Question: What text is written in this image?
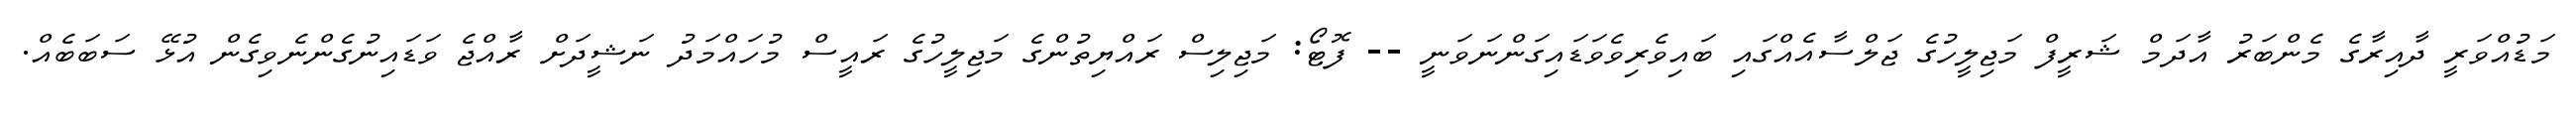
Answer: މަޑުއްވަރީ ދާއިރާގެ މެންބަރު އާދަމް ޝަރީފް މަޖިލީހުގެ ޖަލްސާއެއްގައި ބައިވެރިވެވަޑައިގަންނަވަނީ -- ފޮޓޯ: މަޖިލިސް ރައްޔިތުންގެ މަޖިލީހުގެ ރައީސް މުހައްމަދު ނަޝީދަށް ރާއްޖެ ވަޑައިނުގެންނެވިގެން އުޅޭ ސަބަބެއް.